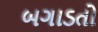
બગાડતો